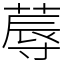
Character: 蓐